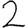
Digit: 2